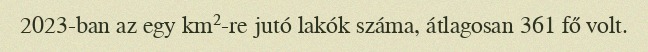
2023-ban az egy km²-re jutó lakók száma, átlagosan 361 fő volt.